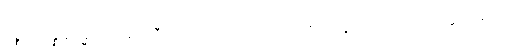
ပစ္စယုပ္ပန္နဓမ္မော ဇဂ္ဂါမိ ဟရီတကာ အသင်္ကရတော နိယျာနိကဒုကံ ဝိဝါဒဝတ္ထုသင်္ခါတေ